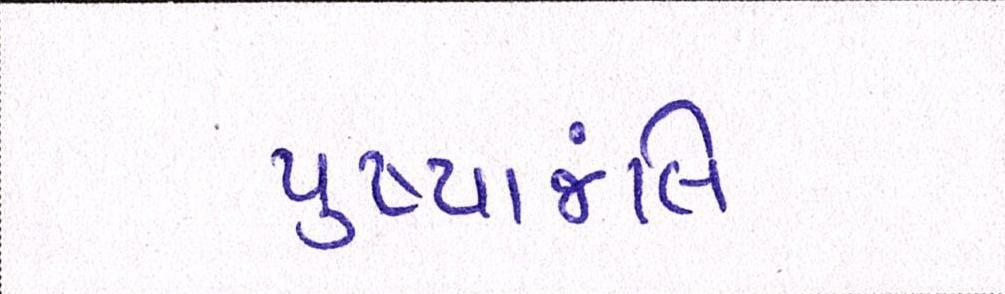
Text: પુંષ્પાજલિ